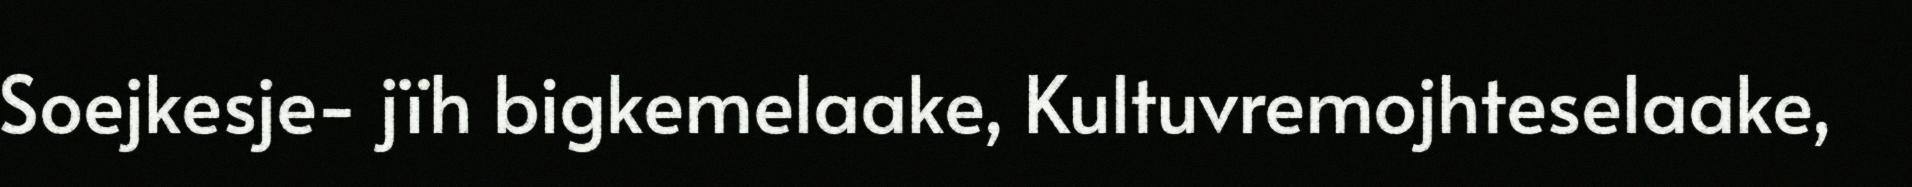
Soejkesje- jïh bigkemelaake, Kultuvremojhteselaake,